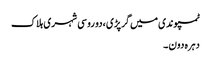
ٹمپو ندی میں گرپڑی ،دو روسی شہری ہلاک
دہرہ دون ۔